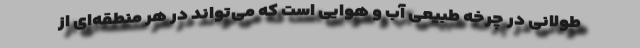
طولانی در چرخه طبیعی آب و هوایی است که می‌تواند در هر منطقه‌ای از